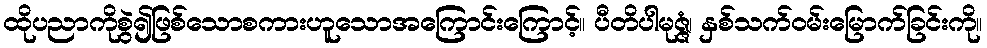
ထိုပညာကိုစွဲ၍ဖြစ်သောစကားဟူသောအကြောင်းကြောင့်။ ပီတိပါမုဇ္ဇံ၊ နှစ်သက်ဝမ်းမြောက်ခြင်းကို။